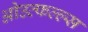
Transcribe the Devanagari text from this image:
ओउत्फल्ल्स